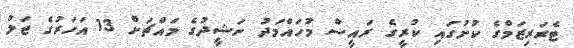
ޓެރަރިޒަމްގެ ކުށުގައި ކުރީގެ ރައީސް މުހައްމަދު ނަޝީދުގެ މައްޗަށް 13 އަހަރުގެ ޖަލު